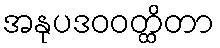
အနုပဒဝဝတ္ထိတာ